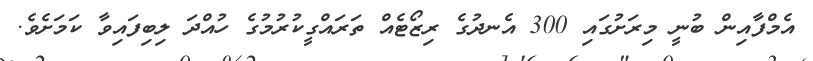
އެމްފާއިން ބުނީ މިރަށުގައި 300 އެނދުގެ ރިޒޯޓެއް ތަރައްގީކުރުމުގެ ހުއްދަ ލިބިފައިވާ ކަމަށެވެ.